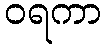
ဝရကာ